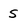
Character: s